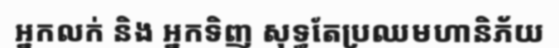
អ្នកលក់ និង អ្នកទិញ សុទ្ធតែប្រឈមហានិភ័យ